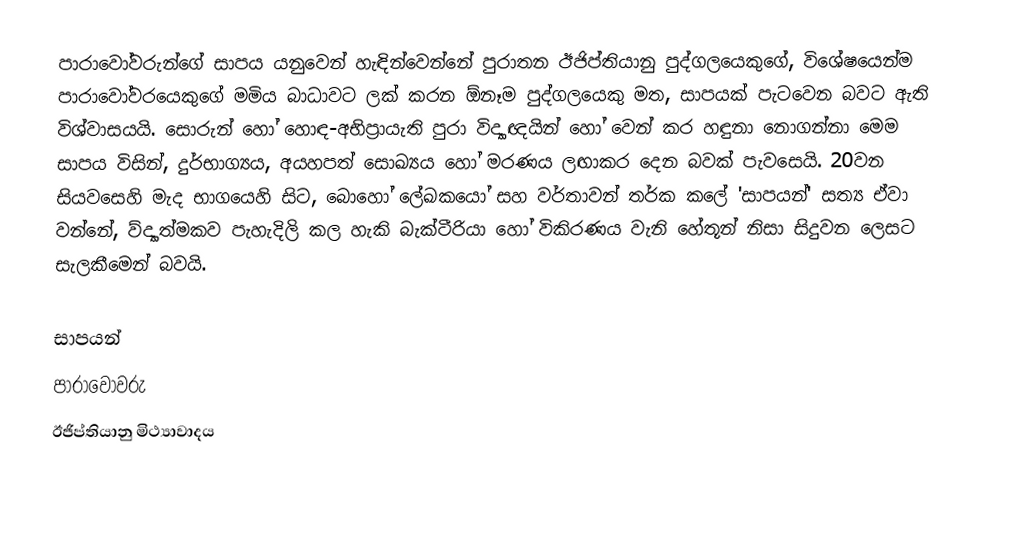
පාරාවෝවරුන්ගේ සාපය යනුවෙන් හැඳින්වෙන්නේ පුරාතන ඊජිප්තියානු පුද්ගලයෙකුගේ,  විශේෂයෙන්ම පාරාවෝවරයෙකුගේ මමිය බාධාවට ලක් කරන ඕනෑම පුද්ගලයෙකු මත, සාපයක් පැටවෙන බවට ඇති විශ්වාසයයි. සොරුන් හෝ හොඳ-අභිප්‍රායැති පුරා විද්‍යාඥයින් හෝ වෙන් කර හඳුනා නොගන්නා මෙම සාපය විසින්, දුර්භාග්‍යය, අයහපත් සොඛ්‍යය හෝ මරණය ලඟාකර දෙන බවක් පැවසෙයි. 20වන සියවසෙහි මැද භාගයෙහි සිට, බොහෝ ලේඛකයෝ සහ වර්තාවන් තර්ක කලේ 'සාපයන්' සත්‍ය ඒවා වන්නේ, ව්ද්‍යාත්මකව පැහැදිලි කල හැකි බැක්ටීරියා හෝ විකිරණය වැනි හේතූන් නිසා සිදුවන ලෙසට සැලකීමෙන් බවයි.

සාපයන්
පාරාවෝවරු
ඊජිප්තියානු මිථ්‍යාවාදය